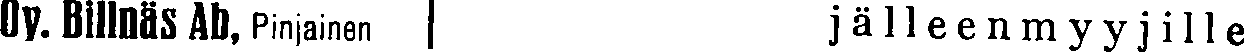
Oy. Billnäs Ab, Pinjainen | jälleenmyyjille